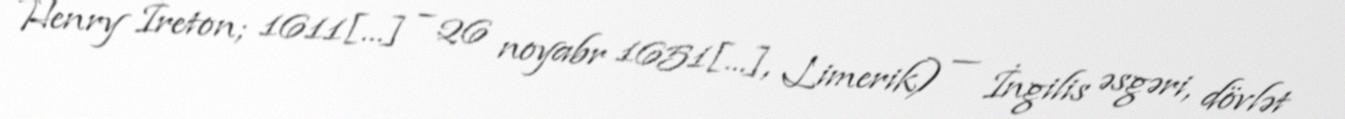
Henry Ireton; 1611[…] – 26 noyabr 1651[…], Limerik) — İngilis əsgəri, dövlət